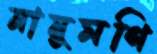
নানুমণি